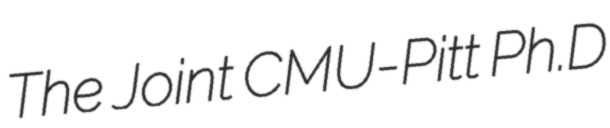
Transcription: The Joint CMU-Pitt Ph.D